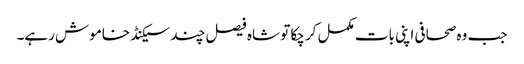
جب وہ صحافی اپنی بات مکمل کر چکا تو شاہ فیصل چند سیکنڈ خاموش رہے۔